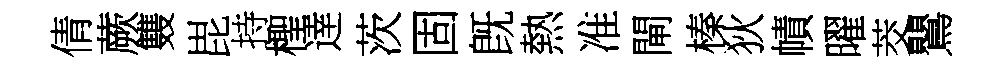
倩蕨䨇毘持檉逹茨固旣熱准閘榛狄幘曜茭鸎